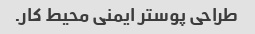
طراحی پوستر ایمنی محیط کار.